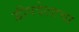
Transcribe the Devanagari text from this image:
द्वीपदेशाचा